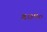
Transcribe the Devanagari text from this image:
४७९०